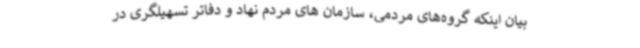
بیان اینکه گروه‌های مردمی، سازمان های مردم نهاد و دفاتر تسهیلگری در